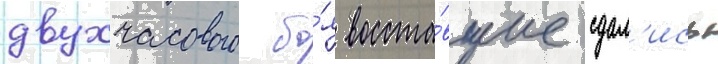
двухчасового бо́я восста́вшие сдал'ись